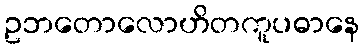
ဥဘတောလောဟိတကူပဓာနေ